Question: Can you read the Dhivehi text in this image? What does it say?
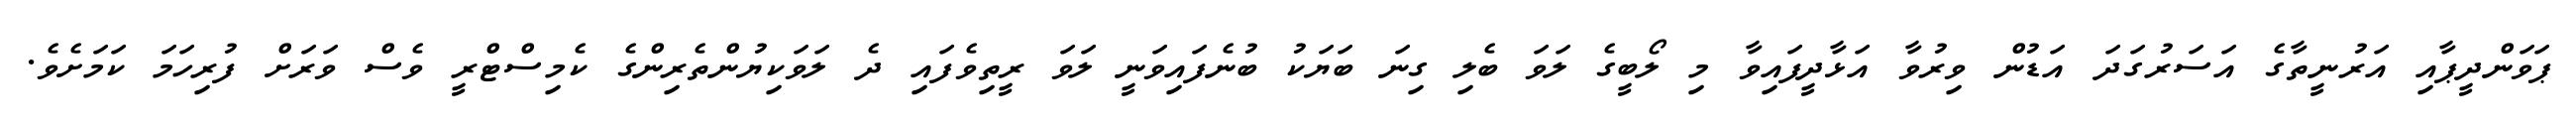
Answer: ޕަވަންދީޕާއި އަރުނީތާގެ އަސަރުގަދަ އަޑުން ވިރުވާ އަޅާދީފައިވާ މި ލޯބީގެ ލަވަ ބެލި ގިނަ ބަޔަކު ބުނެފައިވަނީ ލަވަ ރީތިވެފައި ދެ ލަވަކިޔުންތެރިންގެ ކެމިސްޓްރީ ވެސް ވަރަށް ފުރިހަމަ ކަމަށެވެ.